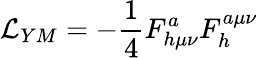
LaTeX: {\cal L}_{YM}=-\frac{1}{4}F_{h\mu\nu}^{a}F_{h}^{a\mu\nu}